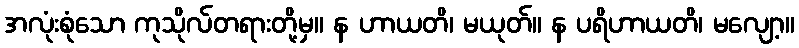
အလုံးစုံသော ကုသိုလ်တရားတို့မှ။ န ဟာယတိ၊ မယုတ်။ န ပရိဟာယတိ၊ မလျော့။